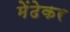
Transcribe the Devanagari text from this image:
मेंढेकर